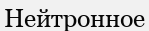
Нейтронное